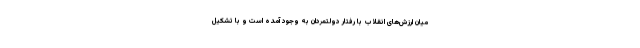
میان ارزش‌های انقلاب با رفتار دولتمردان به وجود آمده است و با تشکیل